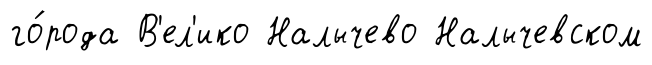
го́рода В'ел'ико Налычево Налычевском